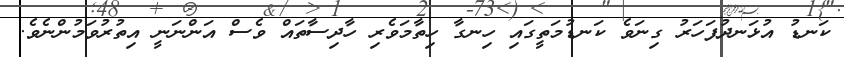
ކަނޑު އުޅަނދުފަހަރު ގިނަވެ ކަނޑުމަތީގައި ހިނގާ ހިތާމަވެރި ހާދިސާތައް ވެސް އަންނަނީ އިތުރުވަމުންނެވެ.